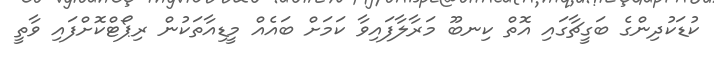
ކުޑަކުދިންގެ ބަގީޗާގައި އޮތް ކިނބޫ މަރާލާފައިވާ ކަމަަށް ބައެއް މީޑިއާތަކުން ރިޕޯޓްކޮށްފައި ވާތީ